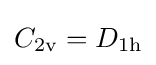
C_{2\mathrm {v} }=D_{1\mathrm {h} }